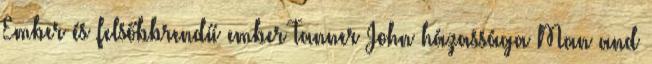
Ember és felsőbbrendű ember Tanner John házassága Man and